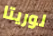
لوريتا